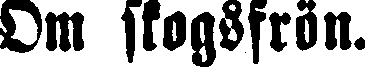
Om skogsfrön.